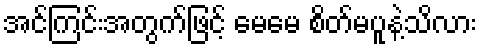
အင်ကြင်းအတွက်ဖြင့် မေမေ စိတ်မပူနဲ့သိလား